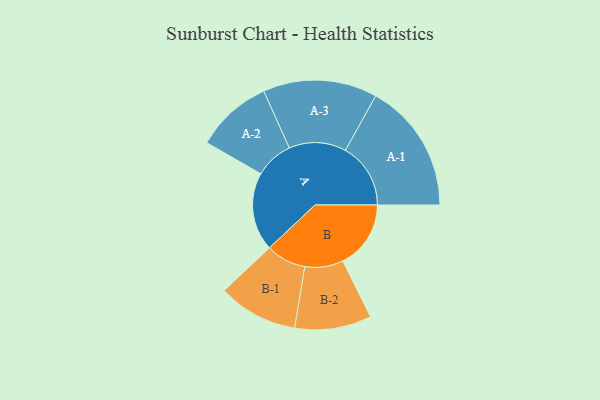
{"axis": {"x": "Segment", "y": "Value"}, "legend": ["", "A", "B"], "data": [{"x": "A", "y": 335, "type": ""}, {"x": "B", "y": 291, "type": ""}, {"x": "A-1", "y": 279, "type": "A"}, {"x": "A-2", "y": 164, "type": "A"}, {"x": "A-3", "y": 244, "type": "A"}, {"x": "B-1", "y": 171, "type": "B"}, {"x": "B-2", "y": 164, "type": "B"}]}